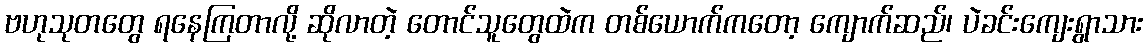
ဗဟုသုတတွေ ရနေကြတာလို့ ဆိုလာတဲ့ တောင်သူတွေထဲက တစ်ယောက်ကတော့ ကျောက်ဆည်၊ ပဲခင်းကျေးရွာသား